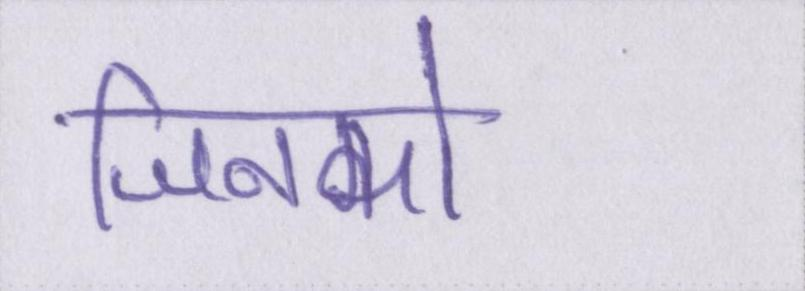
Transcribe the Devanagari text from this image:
जिनको